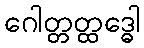
ဂေါတ္တတ္ထဒ္ဓေါ